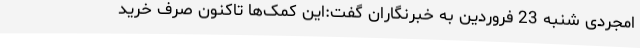
امجردی شنبه 23 فروردین به خبرنگاران گفت:این کمک‌ها تاکنون صرف خرید